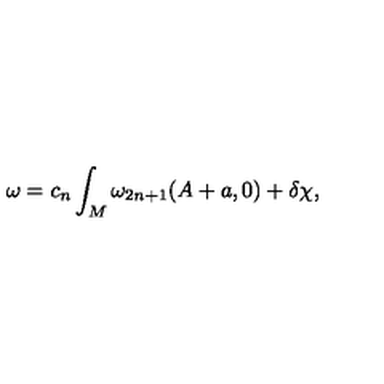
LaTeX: \omega = c _ { n } \int _ { M } \omega _ { 2 n + 1 } ( A + a , 0 ) + \delta \chi ,